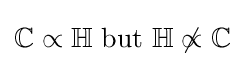
\mathbb {C} \propto \mathbb {H} {\text{ but }}\mathbb {H} \not \propto \mathbb {C}